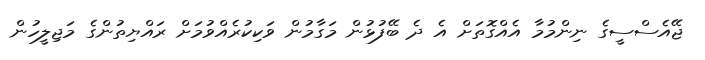
ޖޭއެސްސީގެ ނިންމުމާ އެއްގޮތަށް އެ ދެ ބޭފުޅުން މަގާމުން ވަކިކުރެއްވުމަށް ރައްޔިތުންގެ މަޖިލީހުން